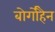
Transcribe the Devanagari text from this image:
बोर्गोहैन